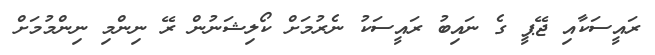
ރައީސަކާއި ޖޭޕީ ގެ ނައިބު ރައީސަކު ނެރުމަށް ކޯލިޝަނުން ރޭ ނިންމި ނިންމުމަށް